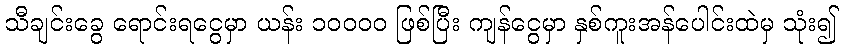
သီချင်းခွေ ရောင်းရငွေမှာ ယန်း ၁၀၀၀၀ ဖြစ်ပြီး ကျန်ငွေမှာ နှစ်ကူးအန်ပေါင်းထဲမှ သုံး၍